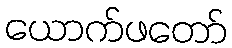
ယောက်ဖတော်